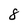
Character: 8